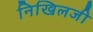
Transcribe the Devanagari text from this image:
निखिलजी